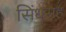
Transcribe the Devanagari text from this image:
सिंधसह